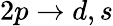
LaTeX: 2p\rightarrow{d,s}